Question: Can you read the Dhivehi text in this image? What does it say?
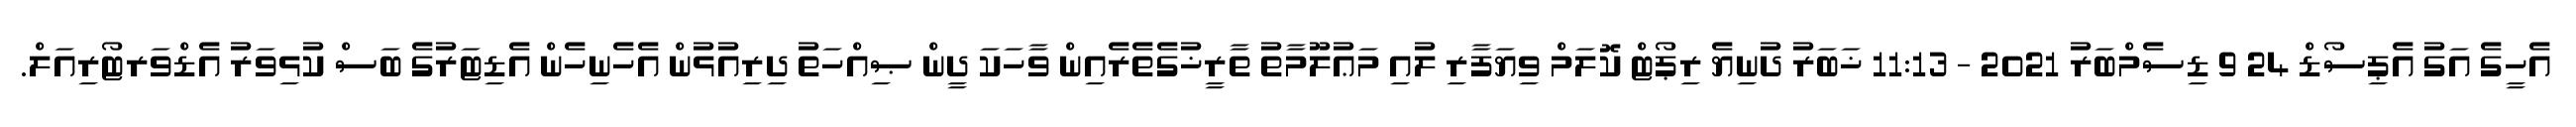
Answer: އެހީގެ އަގު އެޕިސޯޑް 24 9 ޑިސެމްބަރު 2021 - 11:13 ޚަބަރު ދުނިޔެ ރިޕޯޓް ކޮލަމް ވިޔަފާރި ލުއި މަޢުލޫމާތު ތާރީޚުގެތެރެއިން ވާހަކަ ދީން ޞިއްހަތު ދިރިއުޅުން އެހެނިހެން އެޑިޓަރުގެ ބަސް ކުޅިވަރު އެޑްވަރޓޯރިއަލް.